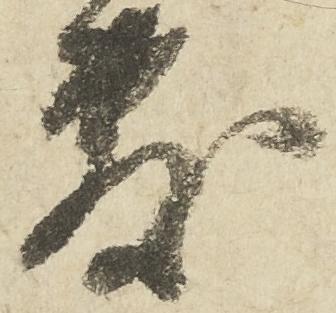
敷